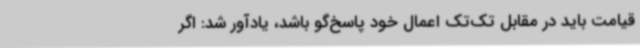
قیامت باید در مقابل تک‌تک اعمال خود پاسخ‌گو باشد، یادآور شد: اگر